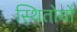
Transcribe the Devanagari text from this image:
स्थितोयों